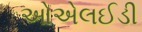
ઓએલઈડી